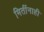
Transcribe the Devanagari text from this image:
मितींनाही